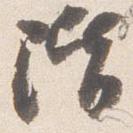
階